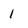
Character: 1